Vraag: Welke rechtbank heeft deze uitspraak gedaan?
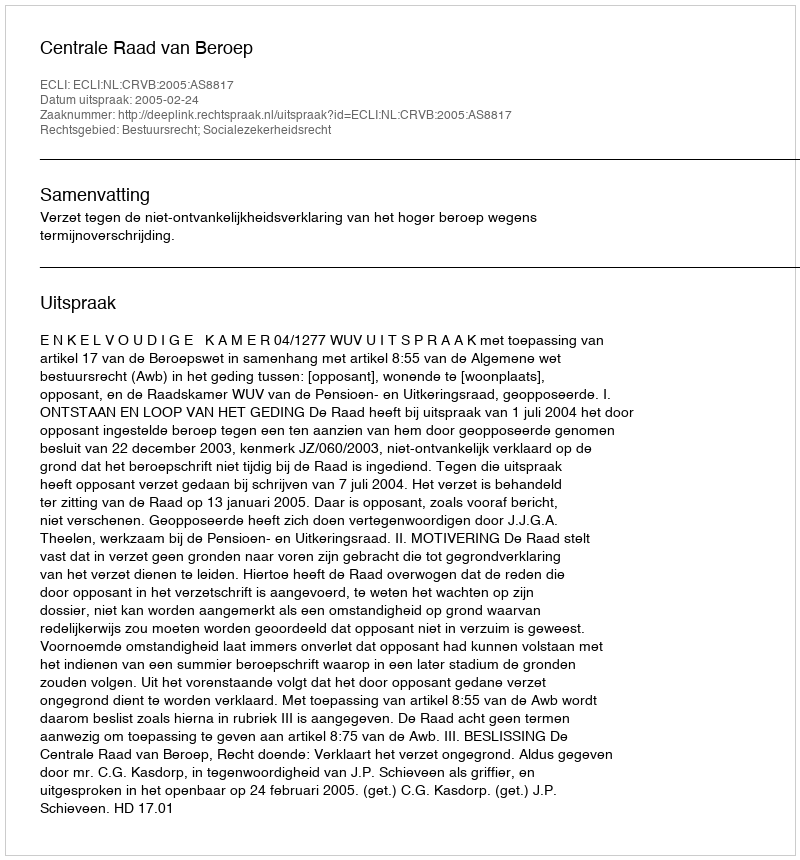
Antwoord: Centrale Raad van Beroep